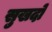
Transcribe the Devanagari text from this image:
सुखदो